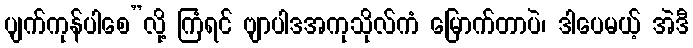
ပျက်ကုန်ပါစေ”လို့ ကြံရင် ဗျာပါဒအကုသိုလ်ကံ မြောက်တာပဲ၊ ဒါပေမယ့် အဲဒီ